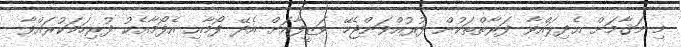
މި މަޤާމަށް އެދިލައްވާ ފަރާތްތަކުން ފުރުއްވަންޖެހޭ ވަޒީފާއަށް އެދޭ ފޯމާއި އެފޯމާއެކު ފުރިހަމަކުރައްވާ